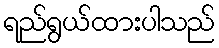
ရည်ရွယ်ထားပါသည်